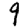
Digit: 9